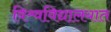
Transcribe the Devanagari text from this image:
विश्र्वविद्यालयात